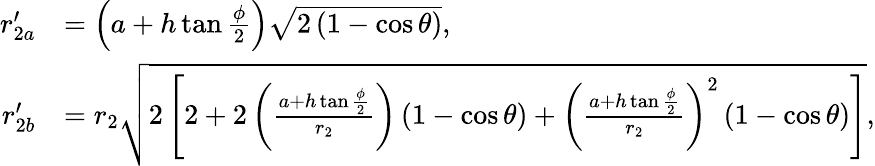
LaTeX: \begin{array}{rl}{r_{2a}^{\prime}}&{=\left(a+h\tan{\frac{\phi}{2}}\right)\sqrt{2\left(1-\cos\theta\right)},}\\ {r_{2b}^{\prime}}&{=r_{2}\sqrt{2\left[2+2\left(\frac{a+h\tan{\frac{\phi}{2}}}{r_{2}}\right)\left(1-\cos\theta\right)+\left(\frac{a+h\tan{\frac{\phi}{2}}}{r_{2}}\right)^{2}\left(1-\cos\theta\right)\right]},}\end{array}